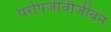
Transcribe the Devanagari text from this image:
परोपजीवीजीवन